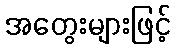
အတွေးများဖြင့်